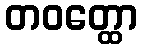
တဝတ္ထော